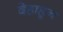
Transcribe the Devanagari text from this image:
देहाहून